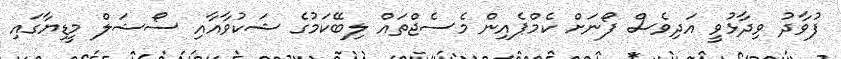
ފުވާދު ވިދާޅުވީ އަދިވެސް ފޯނަށް ކެމްޕެއިން މެސެޖްތައް ލިބޭކަމުގެ ޝަކުވާއާއި ސޯޝަލް މީޑިޔާގައި